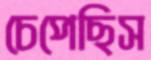
চেপেছিস